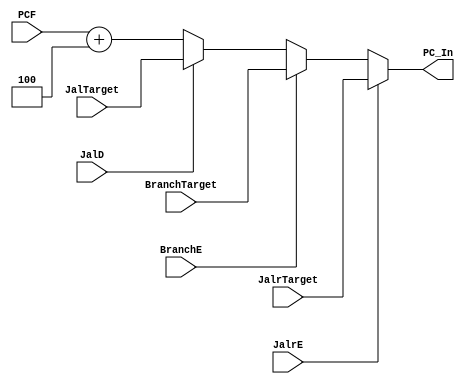
`timescale 1ns / 1ps
//////////////////////////////////////////////////////////////////////////////////
// Company: USTC ESLABEmbeded System Lab
// Design Name: RISCV-Pipline CPU
// Module Name: NPC_Generator
// Target Devices: Nexys4
// Tool Versions: Vivado 2017.4.1
// Description: Choose Next PC value
//////////////////////////////////////////////////////////////////////////////////
module NPC_Generator(
    input wire [31:0] PCF,JalrTarget, BranchTarget, JalTarget,
    input wire BranchE,JalD,JalrE,
    output reg [31:0] PC_In
    );
    always @(*)
    begin
        if(JalrE)
            PC_In <= JalrTarget;
        else if(BranchE)
            PC_In <= BranchTarget;
        else if(JalD)
            PC_In <= JalTarget;
        else
            PC_In <= PCF+4;
    end
endmodule